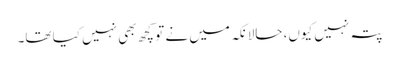
پتہ نہیں کیوں، حالانکہ میں نے تو کچھ بھی نہیں کیا تھا۔